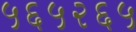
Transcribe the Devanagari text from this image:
५६५२६५